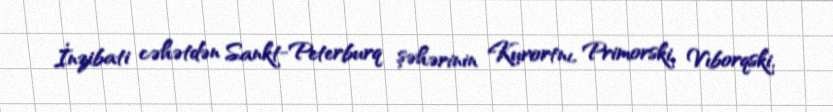
İnzibati cəhətdən Sankt-Peterburq şəhərinin Kurortnı, Primorski, Vıborqski,